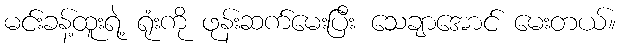
မင်းခန့်ထူးရဲ့ ရုံးကို ဖုန်းဆက်မေးပြီး သေချာအောင် မေးတယ်။